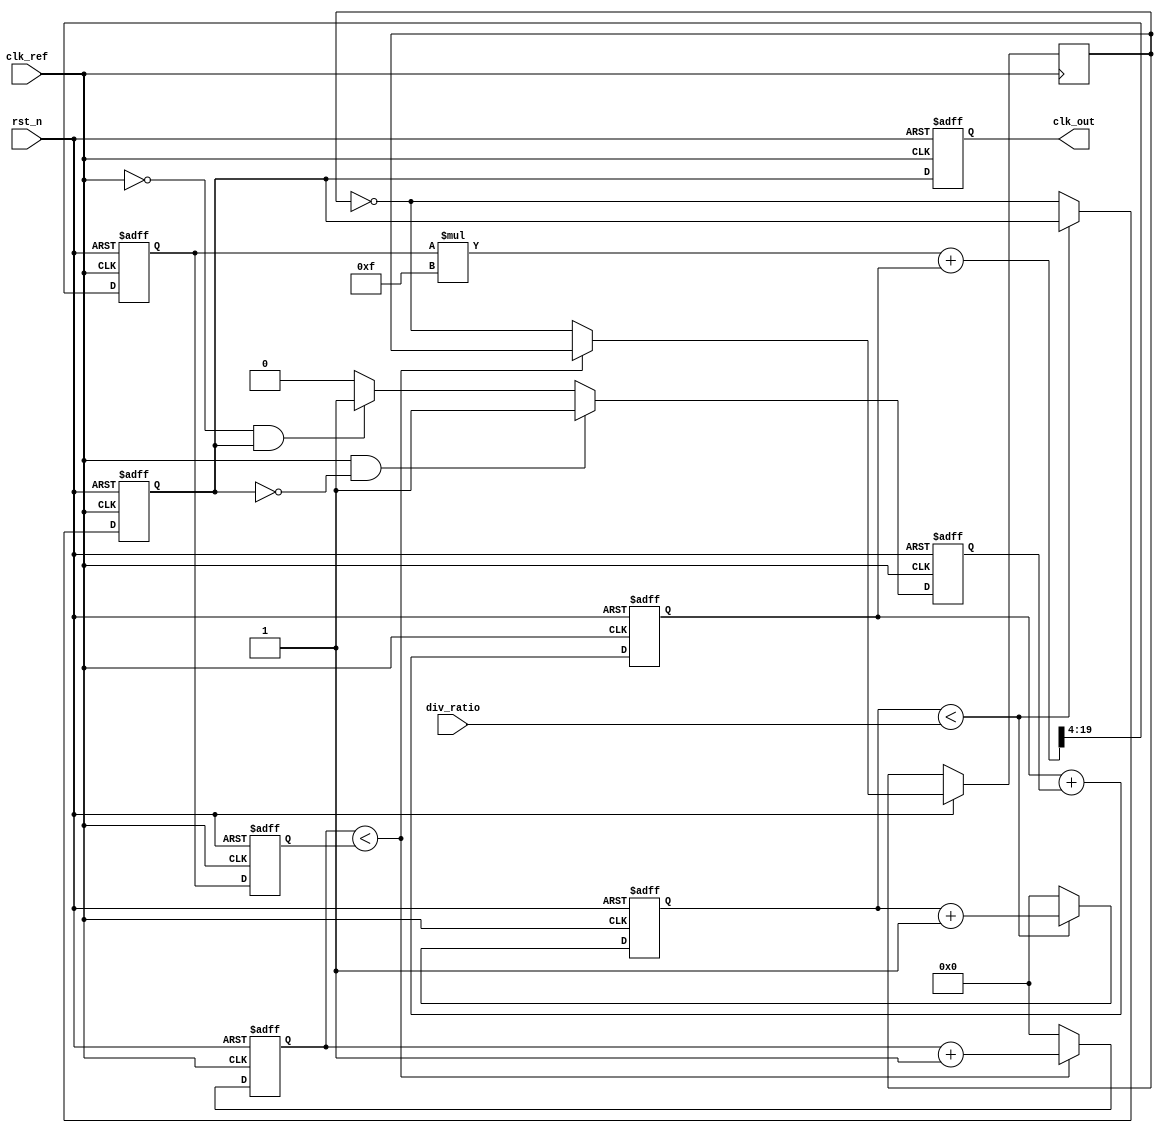
module fractional_PLL (
    input wire clk_ref,              // Reference clock input
    input wire rst_n,                // Active-low reset
    input wire [7:0] div_ratio,      // Division ratio from memory block
    output reg clk_out               // Output clock
);

    // Phase Detector (PD)
    reg clk_div;                     // Divided clock signal
    reg phase_error;                 // Phase error signal

    // Loop Filter (LF)
    reg [15:0] error_signal;         // Error signal from PD
    reg [15:0] filtered_signal;      // Filtered signal to control VCO

    // Voltage-Controlled Oscillator (VCO)
    reg [15:0] vco_frequency;        // VCO frequency control
    reg vco_clk;                     // VCO output clock

    // Frequency Divider
    reg [7:0] counter;               // Counter for frequency division
    reg [7:0] div_count;             // Division count

    // Control Logic
    always @(posedge clk_ref or negedge rst_n) begin
        if (!rst_n) begin
            clk_div <= 0;
            phase_error <= 0;
            error_signal <= 0;
            filtered_signal <= 0;
            vco_frequency <= 16'h0000; // Initialize VCO frequency
            counter <= 0;
            div_count <= 0;
            clk_out <= 0;
        end else begin
            // Phase Detector: Compare reference clock with divided clock
            if (clk_ref && !clk_div) begin
                phase_error <= 1; // Indicate leading edge of reference clock
            end else if (!clk_ref && clk_div) begin
                phase_error <= -1; // Indicate lagging edge of reference clock
            end else begin
                phase_error <= 0; // No phase error
            end

            // Loop Filter: Simple integrator for smoothing error signal
            error_signal <= error_signal + phase_error;
            filtered_signal <= (filtered_signal * 15 + error_signal) >> 4; // Low-pass filter

            // VCO: Update frequency based on filtered signal
            vco_frequency <= filtered_signal;

            // VCO clock generation (simple frequency control)
            if (counter < vco_frequency) begin
                counter <= counter + 1;
            end else begin
                vco_clk <= ~vco_clk; // Toggle VCO clock
                counter <= 0;
            end

            // Frequency Divider: Divide VCO clock by div_ratio
            if (div_count < div_ratio) begin
                div_count <= div_count + 1;
            end else begin
                clk_div <= ~vco_clk; // Toggle divided clock
                div_count <= 0;
            end

            // Output clock generation
            clk_out <= clk_div;
        end
    end

endmodule